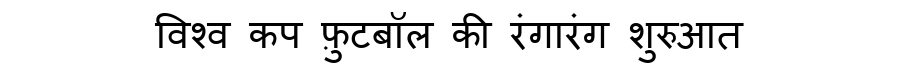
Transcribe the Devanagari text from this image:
विश्व कप फ़ुटबॉल की रंगारंग शुरुआत